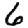
Digit: 6